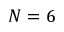
N = 6